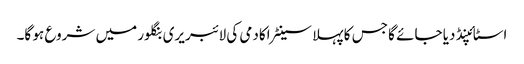
اسٹائپنڈ دیا جائے گا جس کا پہلا سینٹر اکادمی کی لائبریری بنگلور میں شروع ہو گا۔